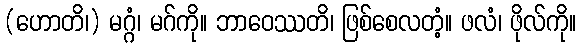
(ဟောတိ၊) မဂ္ဂံ၊ မဂ်ကို။ ဘာဝေဿတိ၊ ဖြစ်စေလတံ့။ ဖလံ၊ ဖိုလ်ကို။